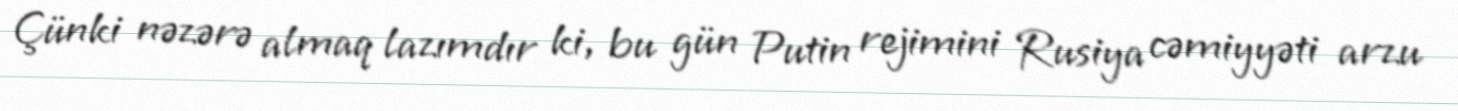
Çünki nəzərə almaq lazımdır ki, bu gün Putin rejimini Rusiya cəmiyyəti arzu